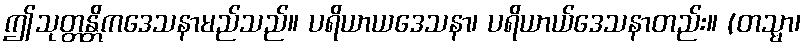
ဤသုတ္တန္တိကဒေသနာမည်သည်။ ပရိယာယဒေသနာ၊ ပရိယာယ်ဒေသနာတည်း။ (တသ္မာ၊